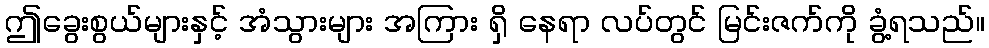
ဤခွေးစွယ်များနှင့် အံသွားများ အကြား ရှိ နေရာ လပ်တွင် မြင်းဇက်ကို ခွံ့ရသည်။